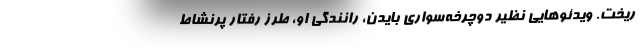
ریخت. ویدئوهایی نظیر دوچرخه‌سواری بایدن، رانندگی او، طرز رفتار پرنشاط